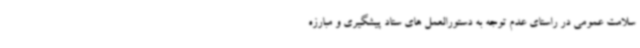
سلامت عمومی در راستای عدم توجه به دستورالعمل های ستاد پیشگیری و مبارزه